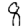
Digit: 8